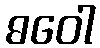
ဓဝေါ